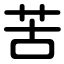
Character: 苦